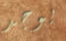
يوجد